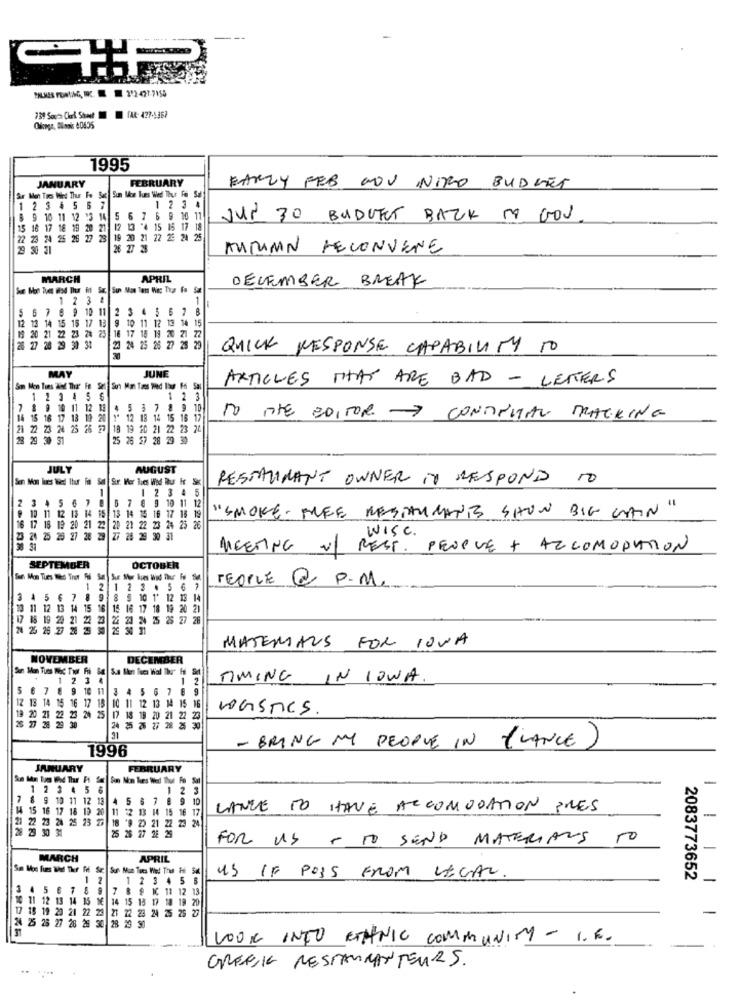
739 Souza Cheek Sheet TAR- 477-1367
1995
JANUARY
FEBRUARY
Men Tres Wied Thur Fe
Sie Sun Mon Tues Wed Thur Fon Sal
EARLY FEB NOU NIRO BUDGET
1 2 3 4 5 51
1 2 3 4
9 10
11
14
5
6
6 9 10 11
JUL 30 BUDUTET BACK TO GOV
15
18 17
18 29 28 21 12 13 4
12 13 '4 15 15 17 18
22
26
19 20 21 22 25 24
26 27 28
AUTUMN RECONVENE
MARCH
APRIL
DECEMBER BREAK
12 3 &
1
5 6 7 8 9 10 11 2 3 4 5 6 7 8
-
12 13 14 15 16 17 13 9 10 11 12 13 14 15
19 20 21 22 23 28 25 16 17 18 19 20 21 22
0 21 22 23 26 2
17 18 19 20 2
26 27 28 29 30 31
23 24 25 26 27 28 29
QUICK RESPONSE CAPABILITY TO
MAY
JUNE
ARTICLES THAT ARE BAD - LETERS
Som Mon Tues Zof The Fe Se Su1 Mot Taes med Ibur Ffi Sal
1 2 34 5 6
1 2 3
7 8 9 10 11 12 19 4 5 3 7 8 9 10
9 10 11 12 1
$ 17 1
8 19 20
12 18 14 15 16 17
TO ATE EDITOR - CONTINUAL TRACKING
2 23 24 25 26 27
28 29 30
5 26 27 28 29 30
JULY
AUGUST
RESTAURANT OWNER TT RESPOND TO
1 2345
2
1
₩ 12 11 12 13 14 15 13 14 15 16 17 18 19
3 4 5 6 7 8 6 7 8 9 10 11 12
"SMOKE FREE RESTAURANTS SHOW BIG GAIN"
21 22 23 24 25 26
021 22
WISC .
27 28
MEETING VL REST. PEOPLE + ACCOMODATION
SEPTEMBER
OCTOBER
PEOPLE @ P.M.
1 2 123 .5 6
3 4 5 6 7 8 9 8 9 10 1' 12 18 14
10 11 12 13 14 15 16 15 16 17 18 19 20 21
17 18 19 20 21 22 23
2 23 26 23 24 25 25 27 28
24 25 26 77
20
25 30 31
MATERIALS FOR IOWA
NOVEMBER
DECEMBER
ar Mon Tues Moc Twr Fri 84
123 4
1 2
TIMING IN IOWA.
5
7
9
10 11
4
7
Z 13 14
0 11 12 13 14 15 16
16 12 18
WasTes.
3 20 21
22 23 24 25
24
8 19 20 21 22
23
25
1996
- BRING MY PEOPLE IN (LANCE)
JANUARY
FEBRUARY
-
1 2 3 4 5 6
1 2
7 8 9 10 11 12 13 4 5 6 7 8 9 10
14 15 16 17 18 19 20 11 12 13 14
16 17
LANCE TO HAVE ACCOMODATION PRES
21 22 23 24 25 23 29 18 '9 29 21 2
23 2
23 24
-
27 28 2
FOR US TO SEND MATERIALS TO
MARCH
APRIL
1 2
1 2 3 4 51
US IF POSS FROM LEGAL.
2083773652
-
3 4 5 6 7 8 9 7 8 9 10 11 12 13
00 11 12 13 14 15 16 14 15 13 17 18 19 20
9 20 21 22 23 21 22 23 24 25 25
-
24 25 28 27 28 29 30 28 29 90
LOOK INTO ETHNIC COMMUNITY - 1.E.
GREEK RESTAURANTEURS.
..